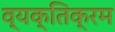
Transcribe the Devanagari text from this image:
व्यक्तिक्रम